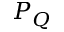
P _ { Q }